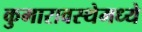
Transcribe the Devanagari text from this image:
कुमारावस्थेमध्ये